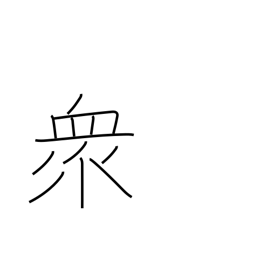
Meaning: multitude